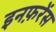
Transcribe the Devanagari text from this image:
इनफ़रेंस